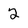
Character: 2